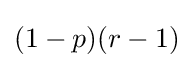
(1-p)(r-1)